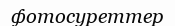
фотосуреттер